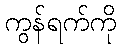
ကွန်ရက်ကို